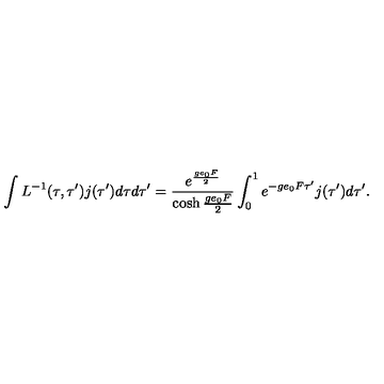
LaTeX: \int L ^ { - 1 } ( \tau , \tau ^ { \prime } ) j ( \tau ^ { \prime } ) d \tau d \tau ^ { \prime } = \frac { e ^ { \frac { g e _ { 0 } F } { 2 } } } { \cosh \frac { g e _ { 0 } F } { 2 } } \int _ { 0 } ^ { 1 } e ^ { - g e _ { 0 } F \tau ^ { \prime } } j ( \tau ^ { \prime } ) d \tau ^ { \prime } .